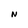
Character: N